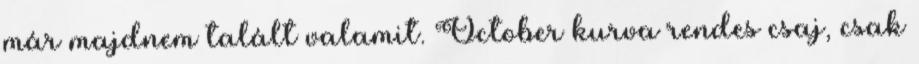
már majdnem talált valamit. October kurva rendes csaj, csak